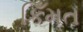
કિઁમત